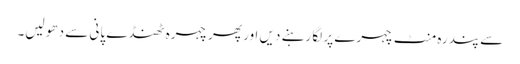
سے پندرہ منٹ چہرے پر لگا رہنے دیں اور پھر چہرہ ٹھنڈے پانی سے دھو لیں۔